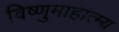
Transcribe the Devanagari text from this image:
विष्णुमाहात्म्य